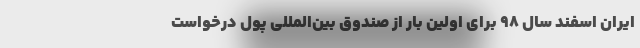
ایران اسفند سال ۹۸ برای اولین بار از صندوق بین‌المللی پول درخواست